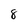
Character: 8